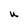
Character: U